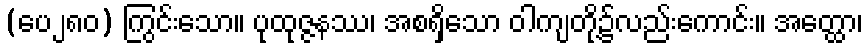
(ပေ၂၈၀) ကြွင်းသော။ ပုထုဇ္ဇနဿ၊ အစရှိသော ဝါကျတို့၌လည်းကောင်း။ အတ္ထော၊